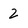
Character: 2